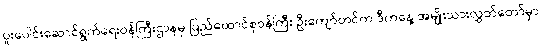
ပူးပေါင်းဆောင်ရွက်ရေးဝန်ကြီးဌာနမှ ပြည်ထောင်စုဝန်ကြီး ဦးကျော်တင်က ဒီကနေ့ အမျိုးသားလွှတ်တော်မှာ